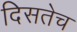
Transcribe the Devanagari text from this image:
दिसतेच